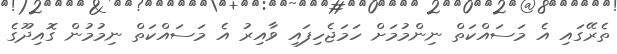
ތެރޭގައި އެ މަސައްކަތް ނިންމުމަށް ހަމަޖެހިފައި ވާއިރު އެ މަސައްކަތް ނިމުމުން ގޮއިދޫގެ